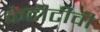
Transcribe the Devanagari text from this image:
केटीटीवी